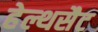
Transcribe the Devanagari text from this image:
हेल्थसैट